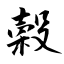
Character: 穀